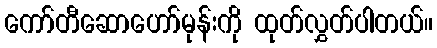
ကော်တီဆောဟော်မုန်းကို ထုတ်လွှတ်ပါတယ်။